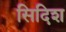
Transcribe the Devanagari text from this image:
सिदिश